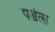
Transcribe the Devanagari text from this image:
पश्चेत्स